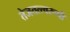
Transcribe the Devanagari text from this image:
तेजतत्त्वरूपी